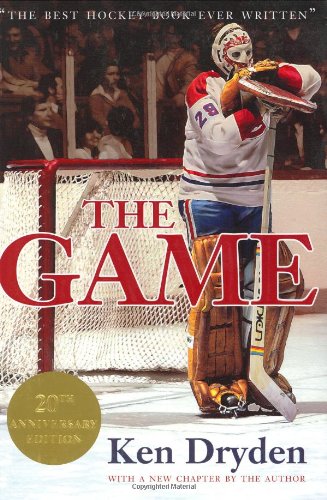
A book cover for The Game; Ken Dryden; Biographies & Memoirs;